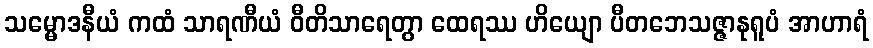
သမ္မောဒနီယံ ကထံ သာရဏီယံ ဝီတိသာရေတွာ ထေရဿ ဟိယျော ပီတဘေသဇ္ဇာနုရူပံ အာဟာရံ